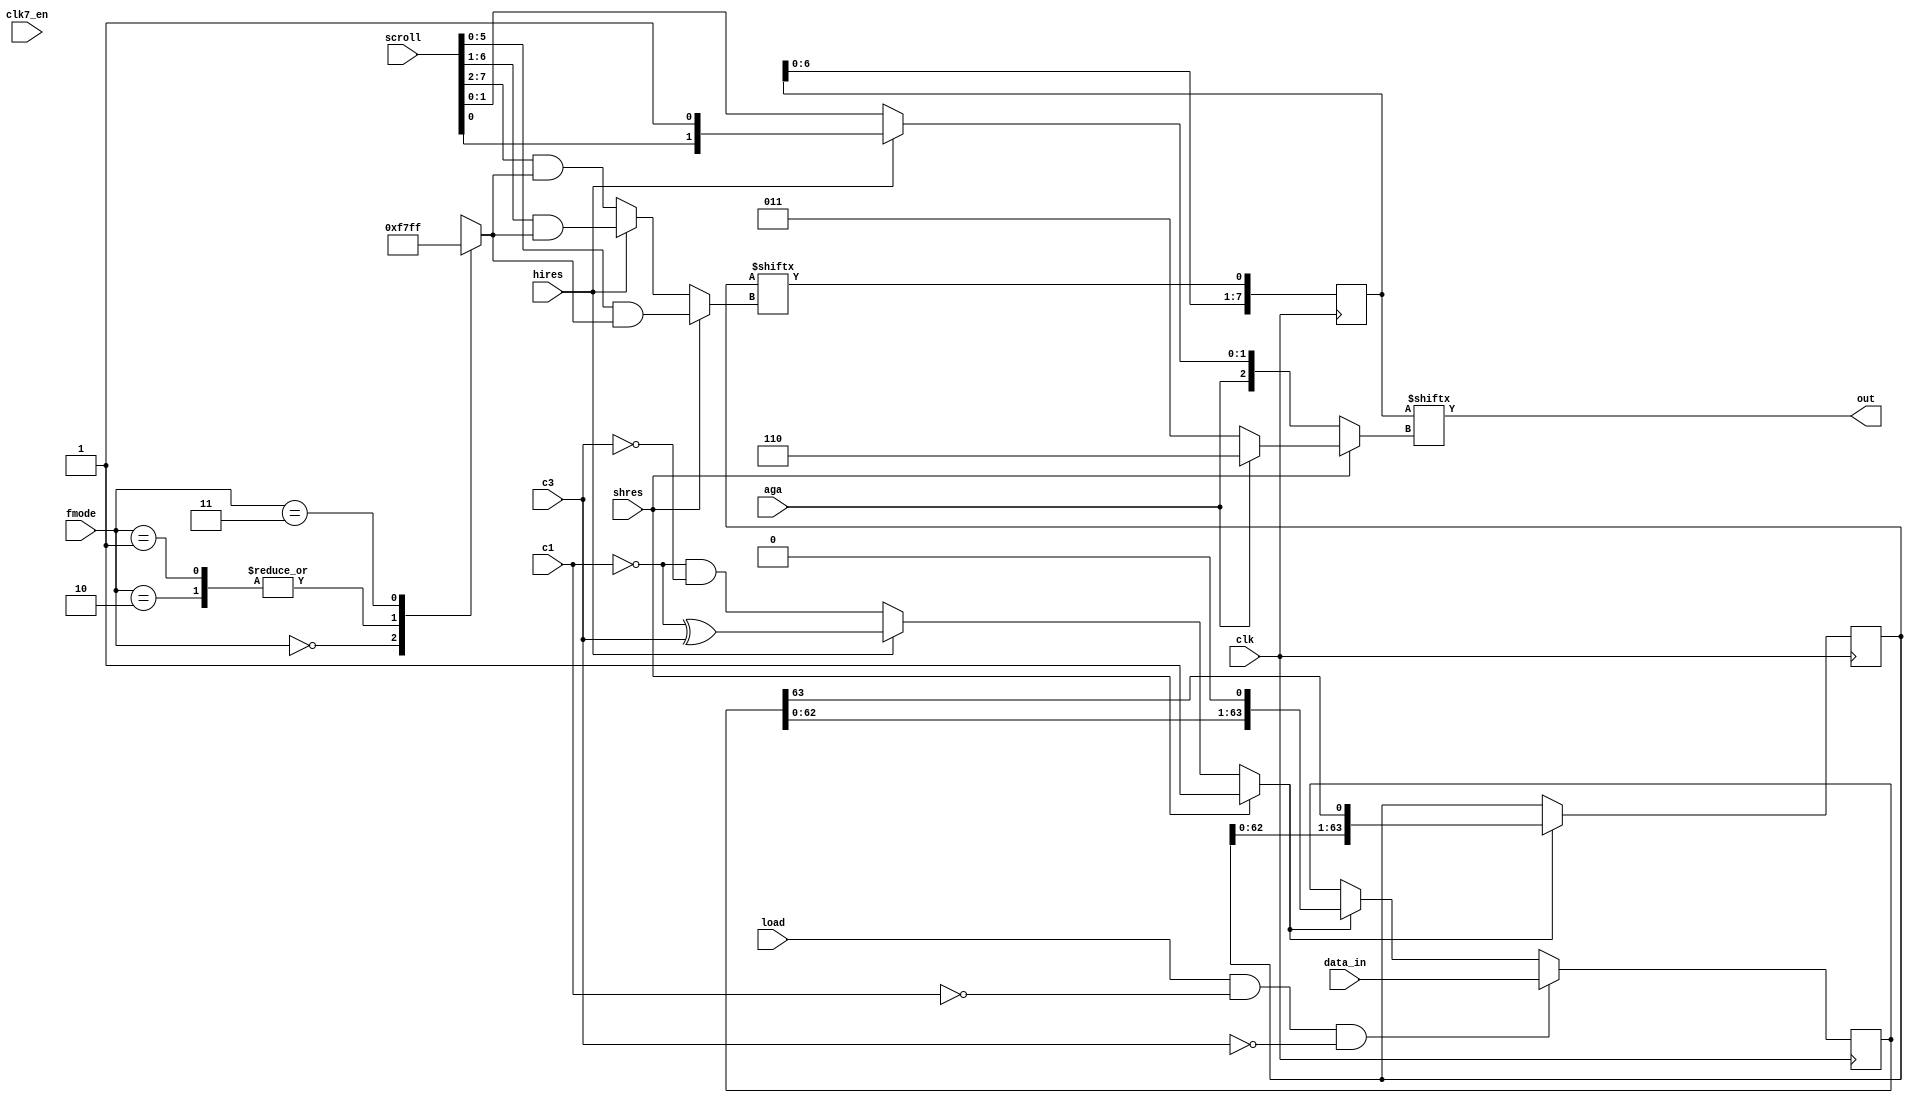
////////////////////////////////////////////////////////////////////////////////
//                                                                            //
// Copyright 2006, 2007 Dennis van Weeren                                     //
//                                                                            //
// This file is part of Minimig                                               //
//                                                                            //
// Minimig is free software; you can redistribute it and/or modify            //
// it under the terms of the GNU General Public License as published by       //
// the Free Software Foundation; either version 3 of the License, or          //
// (at your option) any later version.                                        //
//                                                                            //
// Minimig is distributed in the hope that it will be useful,                 //
// but WITHOUT ANY WARRANTY; without even the implied warranty of             //
// MERCHANTABILITY or FITNESS FOR A PARTICULAR PURPOSE.  See the              //
// GNU General Public License for more details.                               //
//                                                                            //
// You should have received a copy of the GNU General Public License          //
// along with this program.  If not, see <http://www.gnu.org/licenses/>.      //
//                                                                            //
////////////////////////////////////////////////////////////////////////////////
//                                                                            //
// This is the bitplane parallel to serial converter & scroller               //
//                                                                            //
////////////////////////////////////////////////////////////////////////////////


module denise_bitplane_shifter
(
  input  wire           clk,      // 35ns pixel clock
  input  wire           clk7_en,  // 7MHz clock enable
  input  wire           c1,       // clock phase signals
  input  wire           c3,       // clock phase signals
  input  wire           load,     // load shift register signal
  input  wire           hires,    // high resolution select
  input  wire           shres,    // super high resolution select (takes priority over hires)
  input  wire [  2-1:0] fmode,    // AGA fetch mode
  input  wire           aga,
  input  wire [ 64-1:0] data_in,  // parallel load data input
  input  wire [  8-1:0] scroll,   // scrolling value
  output                out       // shift register output
);


// local signals
reg  [ 6-1:0] fmode_mask;         // fetchmode mask
reg  [64-1:0] shifter;            // main shifter
reg  [64-1:0] scroller;           // scroller shifter
reg           shift;              // shifter enable
reg  [ 6-1:0] select;             // shifter pixel select
wire          scroller_out;       // scroller output
reg  [ 8-1:0] sh_scroller;        // superhires scroller
reg  [ 3-1:0] sh_select;          // superhires scroller pixel select


// fetchmode mask
always @ (*) begin
  case(fmode[1:0])
    2'b00 : fmode_mask = 6'b00_1111;
    2'b01,
    2'b10 : fmode_mask = 6'b01_1111;
    2'b11 : fmode_mask = 6'b11_1111;
  endcase
end

// main shifter and scroller control
always @ (*) begin
  if (shres) begin
    // super hires mode
    shift = 1'b1; // shifter always enabled
    select[5:0] = scroll[5:0] & fmode_mask;
  end else if (hires) begin
    // hires mode
    shift = ~c1 ^ c3; // shifter enabled every other clock cycle
    select[5:0] = scroll[6:1] & fmode_mask;
  end else begin
    // lowres mode
    shift = ~c1 & ~c3; // shifter enabled once every 4 clock cycles
    select[5:0] = scroll[7:2] & fmode_mask;
  end
end


// main shifter
always @ (posedge clk) begin
  if (load && !c1 && !c3) begin
    // load new data into shifter
    shifter[63:0] <= data_in[63:0];
  end else if (shift) begin
    // shift already loaded data
    shifter[63:0] <= {shifter[62:0],1'b0};
  end
end


// main scroller
always @ (posedge clk) begin
  if (shift) begin
    // shift scroller data
    scroller[63:0] <= {scroller[62:0],shifter[63]};
  end
end


// main scroller output
assign scroller_out = scroller[select];


// superhires scroller control // TODO test if this is correct
always @ (*) begin
  if (shres) begin
    sh_select = aga ? 3'b110 : 3'b011;
  end else if (hires) begin
    sh_select = {aga, scroll[0], 1'b1}; // MSB bit should probably be 0, this is a hack for kickstart screen ...
  end else begin
    sh_select = {aga, scroll[1:0]};
  end
end


// superhires scroller
always @ (posedge clk) begin
  sh_scroller[7:0] <= {sh_scroller[6:0], scroller_out};
end


// superhires scroller output
assign out = sh_scroller[sh_select];


endmodule